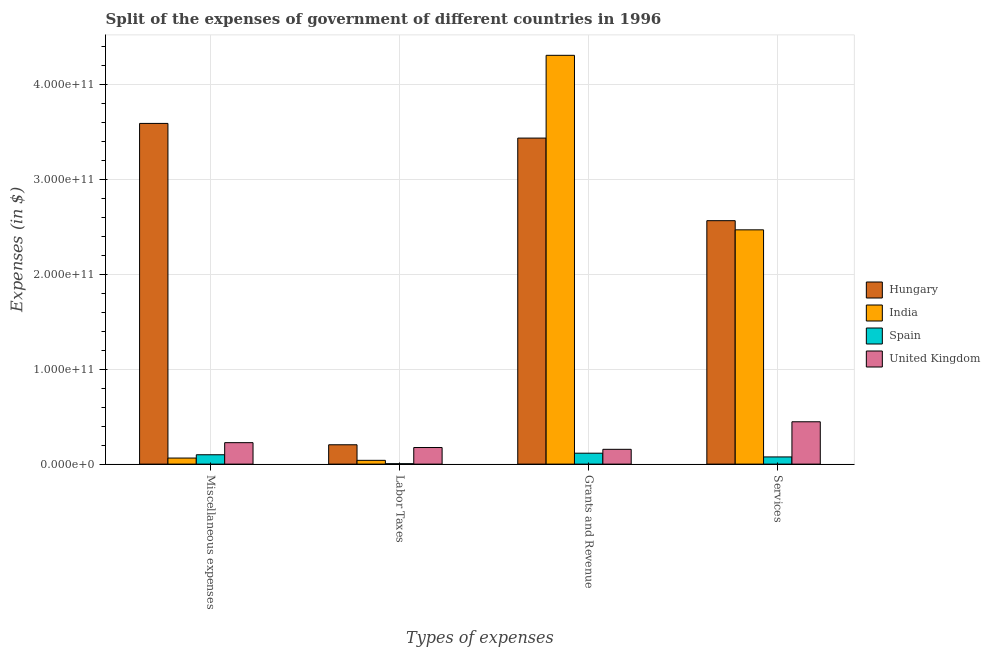
| Types of expenses | Hungary | India | Spain | United Kingdom |
 | --- | --- | --- | --- | --- |
 | Miscellaneous expenses | 3.59e+11 | 6.38e+09 | 9.85e+09 | 2.26e+10 |
 | Labor Taxes | 2.04e+10 | 3.99e+09 | 4.3e+08 | 1.75e+10 |
 | Grants and Revenue | 3.44e+11 | 4.31e+11 | 1.15e+10 | 1.56e+10 |
 | Services | 2.57e+11 | 2.47e+11 | 7.57e+09 | 4.46e+10 |